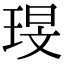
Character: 琝